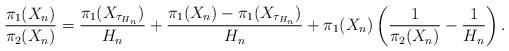
LaTeX: \begin{align*}\frac{\pi_1(X_n)}{\pi_2(X_n)}=\frac{\pi_1(X_{\tau_{H_n}})}{H_n}+\frac{\pi_1(X_n)-\pi_1(X_{\tau_{H_n}})}{H_n}+\pi_1(X_n)\left(\frac{1}{\pi_2(X_n)}-\frac{1}{H_n}\right).\end{align*}